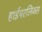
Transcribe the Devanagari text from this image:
हाईपरलिंक्स